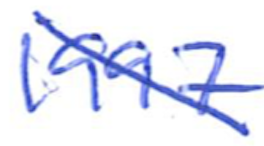
Text: 1997
Cross-out: diagonal
Writing tool: ballpoint